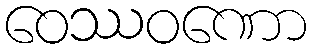
ဝေဿဝဏော